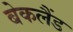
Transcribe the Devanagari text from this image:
बेकलैंड